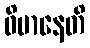
ဝိမာနေတိ